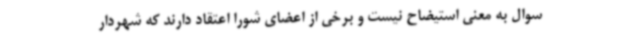
سوال به معنی استیضاح نیست و برخی از اعضای شورا اعتقاد دارند که شهردار